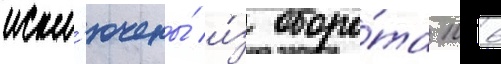
искл'ючены́ и́з оборо́та 106